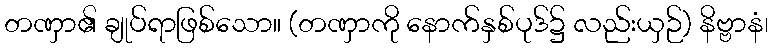
တဏှာ၏ ချုပ်ရာဖြစ်သော။ (တဏှာကို နောက်နှစ်ပုဒ်၌ လည်းယှဉ်) နိဗ္ဗာနံ၊